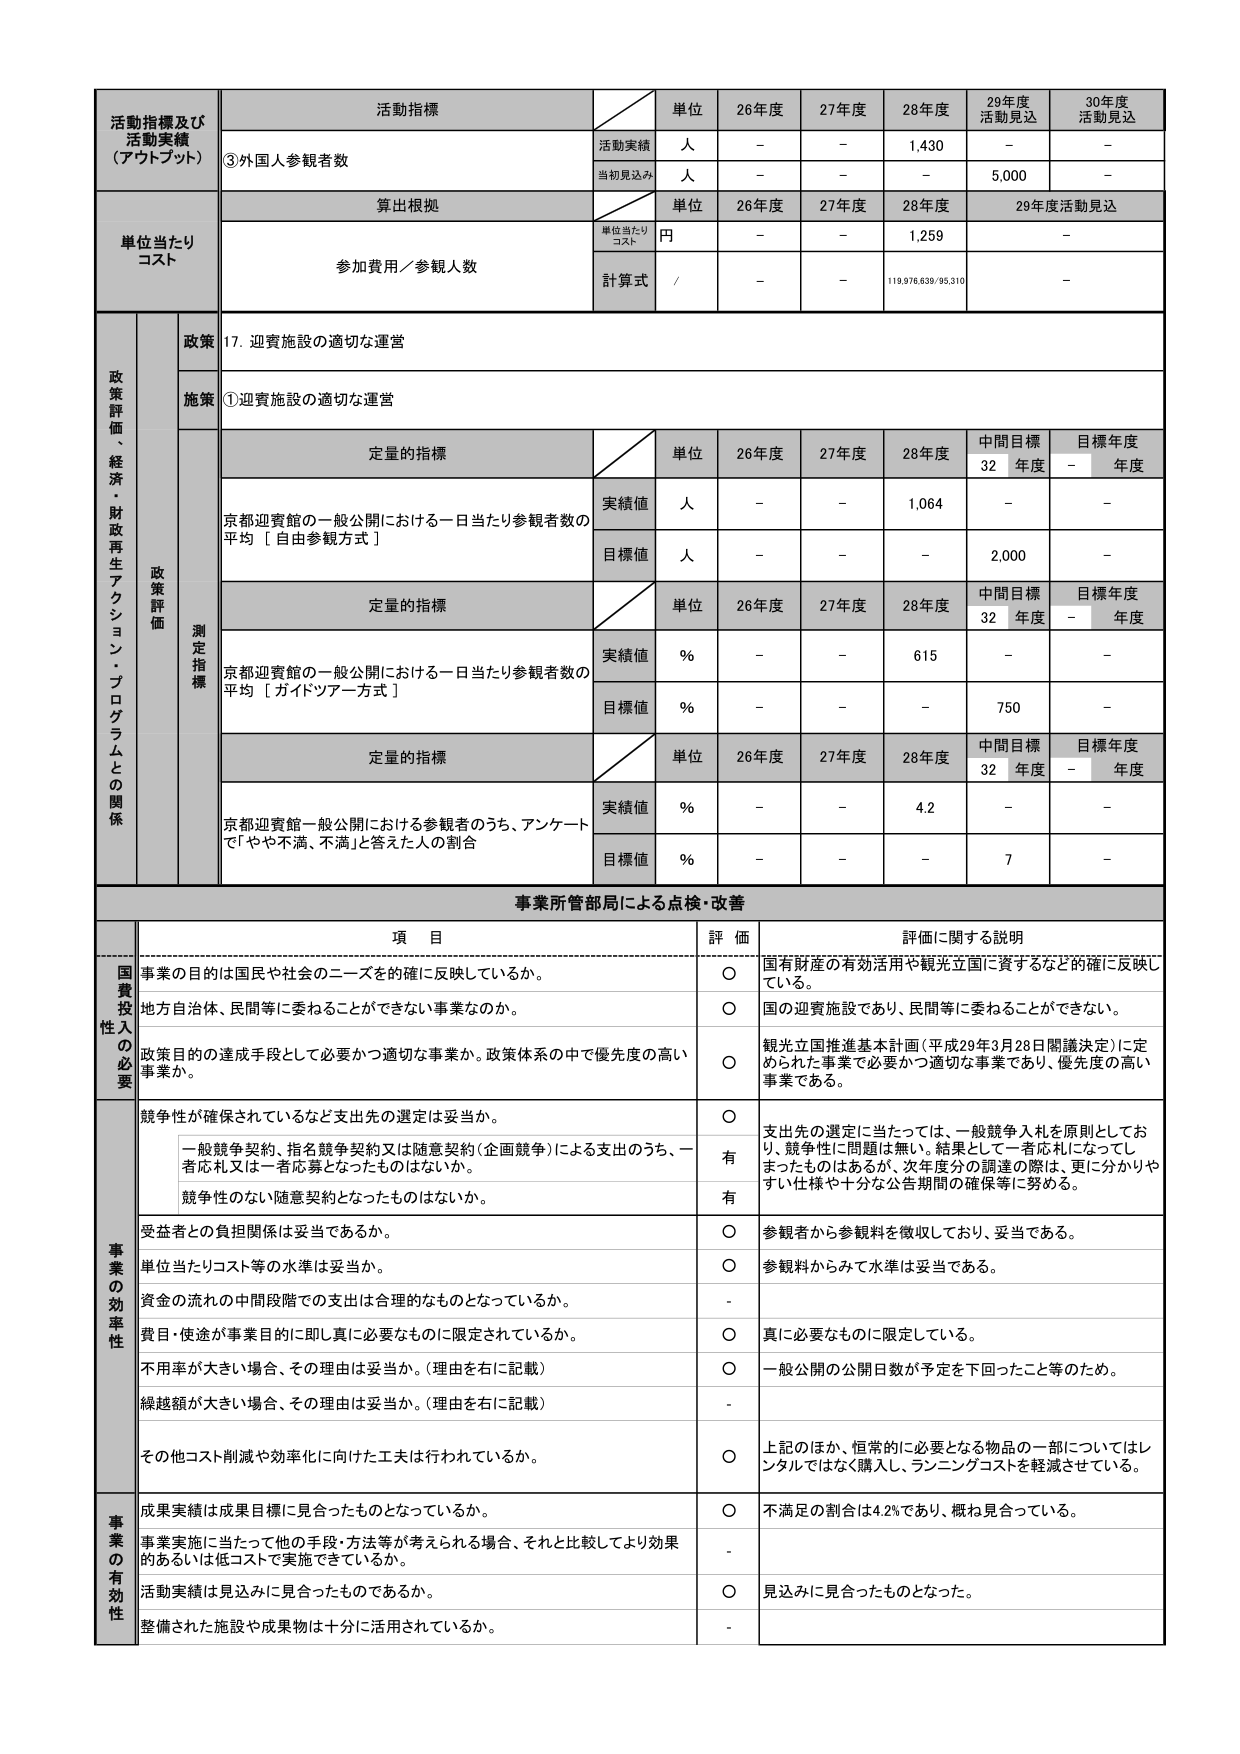
活動指標及び
活動実績
（アウトプット）
活動指標
単位
26年度
27年度
28年度
29年度
活動見込
30年度
活動見込
③外国人参観者数
活動実績
人
－
－
1,430
－
－
当初見込み
人
－
－
－
5,000
－
単位当たり
コスト
算出根拠
単位
26年度
27年度
28年度
29年度活動見込
単位当たり
コスト
円
－
－
1,259
－
参加費用／参観人数
計算式
/
－
－
119,976,639/95,310
－
政策評価、経済・財政再生アクション・プログラムとの関係
政策
17. 迎賓施設の適切な運営
施策
①迎賓施設の適切な運営
政策評価
測定指標
定量的指標
単位
26年度
27年度
28年度
中間目標
32年度
目標年度
－年度
京都迎賓館の一般公開における一日当たり参観者数の平均［自由参観方式］
実績値
人
－
－
1,064
－
－
目標値
人
－
－
－
2,000
－
定量的指標
単位
26年度
27年度
28年度
中間目標
32年度
目標年度
－年度
京都迎賓館の一般公開における一日当たり参観者数の平均［ガイドツアー方式］
実績値
％
－
－
615
－
－
目標値
％
－
－
－
750
－
定量的指標
単位
26年度
27年度
28年度
中間目標
32年度
目標年度
－年度
京都迎賓館一般公開における参観者のうち、アンケートで「やや不満、不満」と答えた人の割合
実績値
％
－
－
4.2
－
－
目標値
％
－
－
－
7
－
事業所管部局による点検・改善
項 目
評 価
評価に関する説明
国費投入の必要
事業の目的は国民や社会のニーズを的確に反映しているか。
○
国有財産の有効活用や観光立国に資するなどの確に反映している。
地方自治体、民間等に委ねることができない事業なのか。
○
国の迎賓施設であり、民間等に委ねることができない。
政策目的の達成手段として必要かつ適切な事業か。政策体系の中で優先度の高い事業か。
○
観光立国推進基本計画（平成29年3月28日閣議決定）に定められた事業で必要かつ適切な事業であり、優先度の高い事業である。
事業の効率性
競争性が確保されているなど支出先の選定は妥当か。
○
支出先の選定に当たっては、一般競争入札を原則としており、競争性に問題は無い。結果として一者応札になってしまったものはあるが、次年度分の調達の際は、更に分かりやすい仕様や十分な公告期間の確保等に努める。
一般競争契約、指名競争契約又は随意契約（企画競争）による支出のうち、一者応札又は一者応募となったものはないか。
有
競争性のない随意契約となったものはないか。
有
受益者との負担関係は妥当であるか。
○
参観者から参観料を徴収しており、妥当である。
単位当たりコスト等の水準は妥当か。
○
参観料からみて水準は妥当である。
資金の流れの中間段階での支出は合理的なものとなっているか。
-
費目・使途が事業目的に即し真に必要なものに限定されているか。
○
真に必要なものに限定している。
不用率が大きい場合、その理由は妥当か。（理由を右に記載）
○
一般公開の公開日数が予定を下回ったこと等のため。
繰越額が大きい場合、その理由は妥当か。（理由を右に記載）
-
その他コスト削減や効率化に向けた工夫は行われているか。
○
上記のほか、恒常的に必要となる物品の一部についてはレンタルではなく購入し、ランニングコストを軽減させている。
事業の有効性
成果実績は成果目標に見合ったものとなっているか。
○
不満足の割合は4.2％であり、概ね見合っている。
事業実施に当たって他の手段・方法等が考えられる場合、それと比較してより効果的あるいは低コストで実施できているか。
-
活動実績は見込みに見合ったものであるか。
○
見込みに見合ったものとなった。
整備された施設や成果物は十分に活用されているか。
-